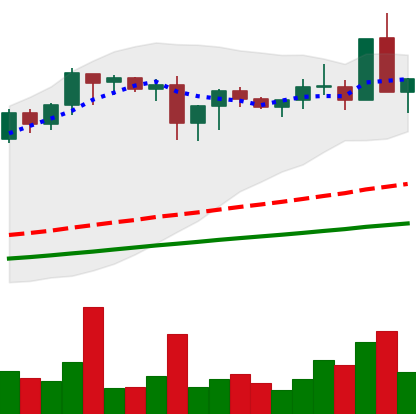
Ticker: XMR-USD
Chart end date: 2020-08-22
Forward return: -5.489%
Label: down_5_7